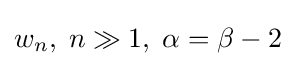
w_{n},\;n\gg 1,\;\alpha =\beta -2